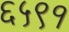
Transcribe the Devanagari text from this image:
६५९१